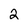
Character: 2